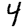
Digit: 4